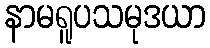
နာမရူပသမုဒယာ